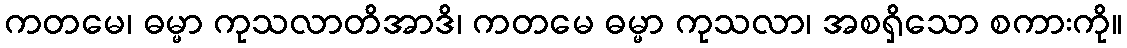
ကတမေ၊ ဓမ္မာ ကုသလာတိအာဒိ၊ ကတမေ ဓမ္မာ ကုသလာ၊ အစရှိသော စကားကို။